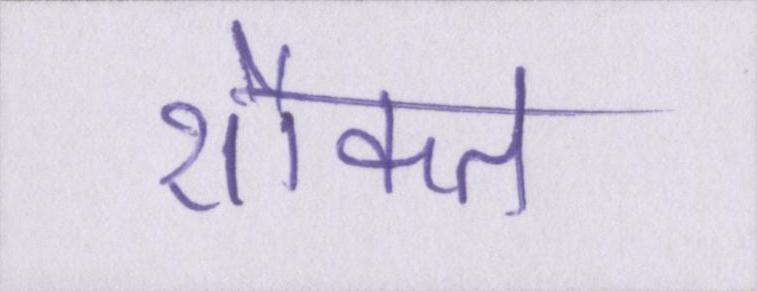
शौकत